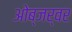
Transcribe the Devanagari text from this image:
ओब्जर्वर